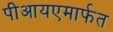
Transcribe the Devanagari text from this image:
पीआयएमार्फत